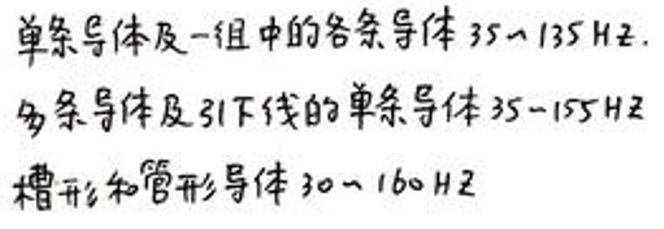
单条导体及一组中的各条导体 35～135 Hz.
多条导体及引下线的单条导体 35～155 Hz
槽形和管形导体 30～160 Hz